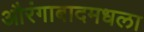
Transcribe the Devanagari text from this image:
औरंगाबादमधला